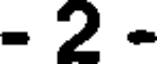
- 2 -